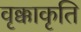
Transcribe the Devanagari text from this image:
वृक्काकृति